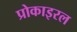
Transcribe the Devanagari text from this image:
प्रोकाइरल